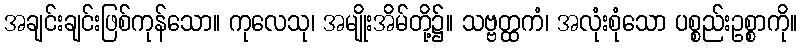
အချင်းချင်းဖြစ်ကုန်သော။ ကုလေသု၊ အမျိုးအိမ်တို့၌။ သဗ္ဗတ္ထကံ၊ အလုံးစုံသော ပစ္စည်းဥစ္စာကို။